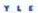
YLE